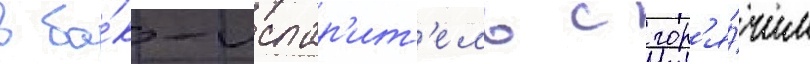
в ба́к-испар'ит'ель с гор'я́чим